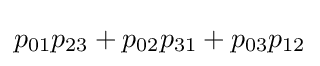
p_{01}p_{23}+p_{02}p_{31}+p_{03}p_{12}